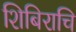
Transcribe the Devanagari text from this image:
शिबिराचि